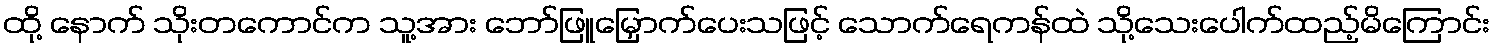
ထို့ နောက် သိုးတကောင်က သူ့အား ဘော်ဖြူမြှောက်ပေးသဖြင့် သောက်ရေကန်ထဲ သို့သေးပေါက်ထည့်မိကြောင်း